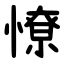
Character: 憭